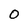
Character: 0